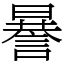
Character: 謈